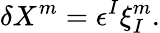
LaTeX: \delta X^{m}=\epsilon^{I}\xi_{I}^{m}.